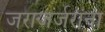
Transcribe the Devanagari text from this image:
जराजर्जरांना